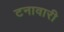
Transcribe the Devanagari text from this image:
टनावारी